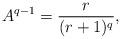
LaTeX: \begin{align*}A^{q-1} = \frac{r}{(r+1)^q},\end{align*}